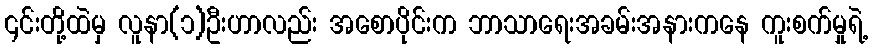
၎င်းတို့ထဲမှ လူနာ(၁)ဦးဟာလည်း အစောပိုင်းက ဘာသာရေးအခမ်းအနားကနေ ကူးစက်မှုရဲ့